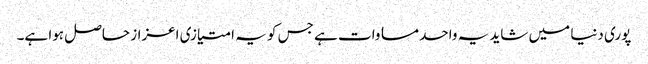
پوری دنیا میں شاید یہ واحد مساوات ہے جس کو یہ امتیازی اعزاز حاصل ہوا ہے۔